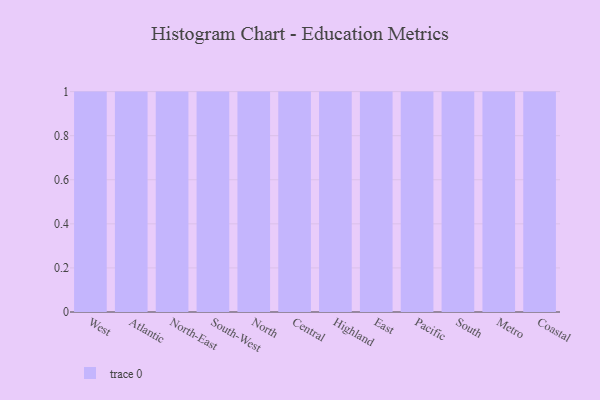
{"axis": {"x": "Region", "y": "Churn Rate (%)"}, "legend": [""], "data": [{"x": "West", "y": 19, "type": ""}, {"x": "Atlantic", "y": 1, "type": ""}, {"x": "North-East", "y": 42, "type": ""}, {"x": "South-West", "y": 98, "type": ""}, {"x": "North", "y": 93, "type": ""}, {"x": "Central", "y": 71, "type": ""}, {"x": "Highland", "y": 24, "type": ""}, {"x": "East", "y": 74, "type": ""}, {"x": "Pacific", "y": 31, "type": ""}, {"x": "South", "y": 43, "type": ""}, {"x": "Metro", "y": 79, "type": ""}, {"x": "Coastal", "y": 83, "type": ""}]}